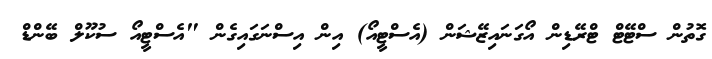
ގޮތުން ސްޓޭޓް ޓްރޭޑިން އޯގަނައިޒޭޝަން (އެސްޓީއޯ) އިން އިސްނަގައިގެން "އެސްޓީއޯ ސުކޫލް ބޭންޑް